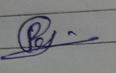
Signature authenticity: forged